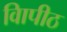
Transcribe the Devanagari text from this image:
विापीठ